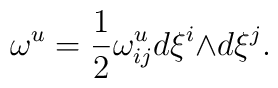
{\omega}^{u}=\frac{1}{2}{\omega}^{u}_{ij} d{\xi}^{i}{\wedge}d{\xi}^{j}.